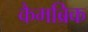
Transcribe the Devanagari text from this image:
कैमब्रिक